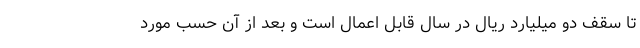
تا سقف دو میلیارد ریال در سال قابل اعمال است و بعد از آن حسب مورد